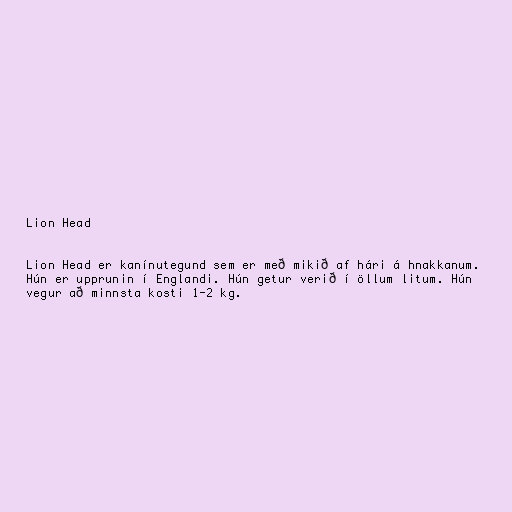
Lion Head

Lion Head er kanínutegund sem er með mikið af hári á hnakkanum.
Hún er upprunin í Englandi. Hún getur verið í öllum litum. Hún
vegur að minnsta kosti 1-2 kg.